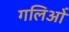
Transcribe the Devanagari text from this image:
गलिओं